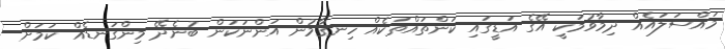
މައްސަލައެއް ދިމާވުމަކީ އޭގެ އަޑީގައި ކަންތައްތަކެއް ހިނގާމުން އަންނަކަން ބުނެދޭ މިންގަނޑެއް ކަމަށް